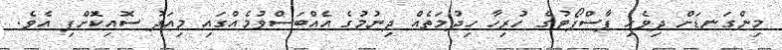
މިންގަނޑަށް ދިވެހި ޕާސްޕޯޓުގެ ހުރިހާ ހިދުމަތެއް ދިނުމުގެ އެއްބަސްވުމެއްގައި މިއަދު ސޮއިކޮށްފި އެވެ.